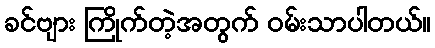
ခင်ဗျား ကြိုက်တဲ့အတွက် ဝမ်းသာပါတယ်။